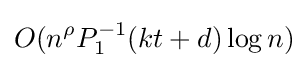
O(n^{\rho }P_{1}^{-1}(kt+d)\log n)